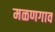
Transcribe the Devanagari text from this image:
मळणगाव